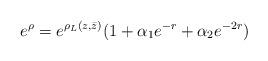
LaTeX: \begin{align*}e^{\rho }=e^{\rho _L(z,\bar{z})}(1+ \alpha_1e^{-r}+\alpha_2e^{-2r})\end{align*}